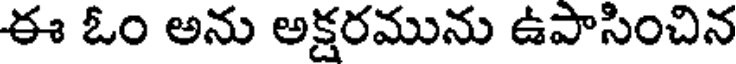
ఈ ఓం అను అక్షరమును ఉపాసించిన